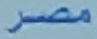
مصر